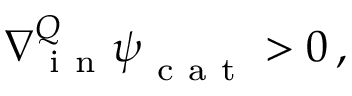
\nabla { } _ { \mathrm { ~ i ~ n ~ } } ^ { Q } \boldsymbol \psi _ { \mathrm { ~ c ~ a ~ t ~ } } > 0 \, ,